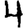
Digit: 4